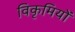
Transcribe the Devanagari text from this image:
विकृमियों